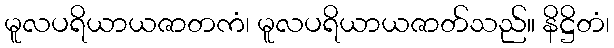
မူလပရိယာယဇာတကံ၊ မူလပရိယာယဇာတ်သည်။ နိဋ္ဌိတံ၊